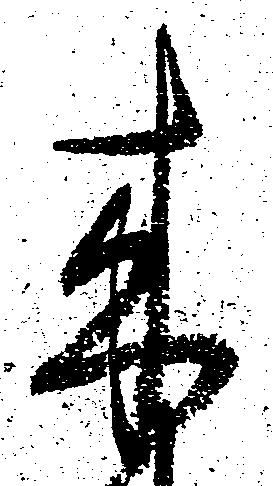
来